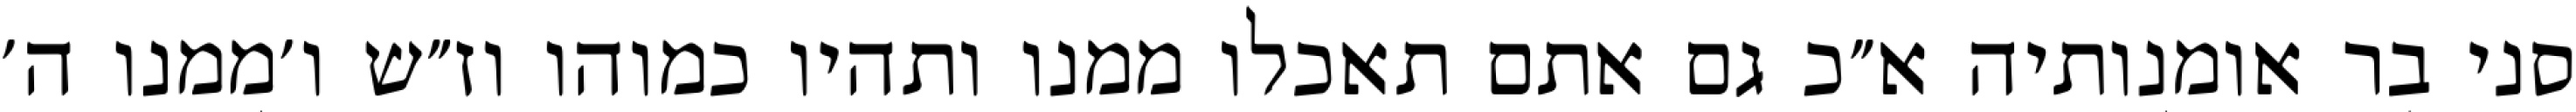
סני בר אומנותיה א״כ גם אתם תאכלו ממנו ותהיו כמוהו וז״ש ו׳ממנו ה׳